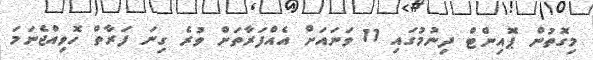
މިގޮތުން ޕޮއިންޓް ދިނުމުގައި 11 ވަނައަށް އެއްފަރާތަށް ވުރެ ގިނަ ފަރާތް ހޮވިއްޖެނަމަ